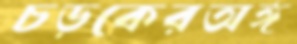
চড়কেরঅঙ্গ